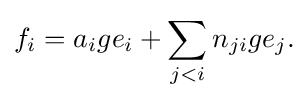
\displaystyle {f_{i}=a_{i}ge_{i}+\sum _{j<i}n_{ji}ge_{j}.}